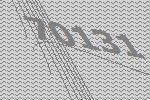
70131